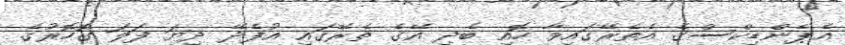
އެޕެންޑިކްސްގެ އެތެރޭގައިވާ ހޮއި ބެދި އޭގެ ތެރޭގައި އުފެދޭ ދިޔަ ފަލަ ގޮހޮރުގެ